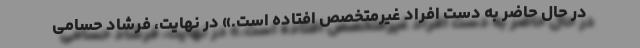
در حال حاضر به دست افراد غیرمتخصص افتاده است.» در نهایت، فرشاد حسامی